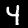
Digit: 4